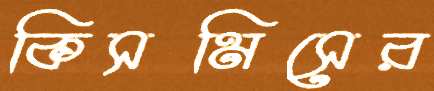
কিসমিসের